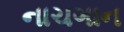
નાચગાન